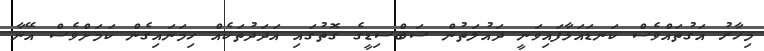
މިހާރު އަގުތައްވެސް ކަނޑައަޅާފައިވަނީ ދައުލަތުން ސަބްސިޑީގެ ގޮތުގައި އަދަދުތަކެއް ހިމަނައިގެން ކަމަށްވެސް އޭނާ